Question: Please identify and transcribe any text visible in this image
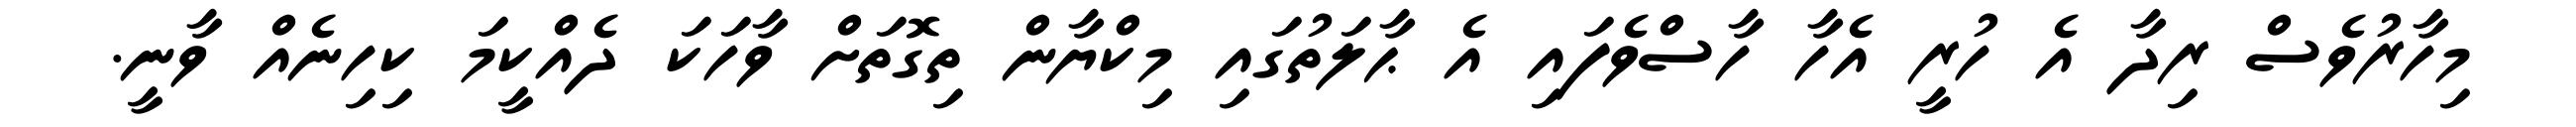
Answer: މިހާރުވެސް ރިދާ އެ ހުރީ އެހާ ހާސްވެފައި އެ ޙާލަތުގައި މިކްޔާން ތިގޮތަށް ވާހަކަ ދެއްކީމަ ކިހިނެއް ވާނީ.